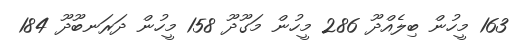
163 މީހުން ބިލެއްދޫ 286 މީހުން މަގޫދޫ 158 މީހުން ދަރަނބޫދޫ 184